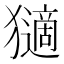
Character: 𤢼